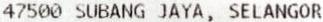
47500 SUBANG JAYA, SELANGOR